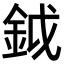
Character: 鉞